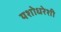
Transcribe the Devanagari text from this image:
यशोधरेशी